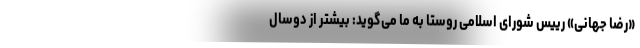
«رضا جهانی» رییس شورای اسلامی روستا به ما می‌گوید: بیشتر از دوسال